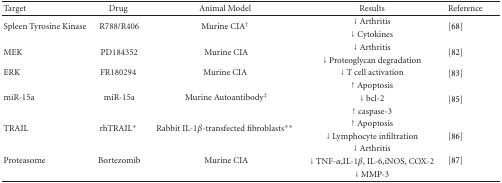
<table><thead><tr><td><b> Target</b></td><td><b> Drug</b></td><td><b>Animal Model</b></td><td><b> Results</b></td><td><b> Reference</b></td></tr></thead><tbody><tr><td rowspan="2">Spleen Tyrosine Kinase</td><td rowspan="2"> R788/R406</td><td rowspan="2">Murine CIA<sup>†</sup></td><td>↓ Arthritis</td><td rowspan="2">[68]</td></tr><tr><td>↓ Cytokines</td></tr><tr><td rowspan="2"> MEK</td><td rowspan="2"> PD184352</td><td rowspan="2"> Murine CIA</td><td>↓ Arthritis</td><td rowspan="2">[82]</td></tr><tr><td>↓ Proteoglycan degradation</td></tr><tr><td> ERK</td><td> FR180294</td><td> Murine CIA</td><td>↓ T cell activation</td><td> [83]</td></tr><tr><td rowspan="3"> miR-15a</td><td rowspan="3"> miR-15a</td><td rowspan="3"> Murine Autoantibody<sup>‡</sup></td><td> ↑ Apoptosis</td><td rowspan="3">[85]</td></tr><tr><td>↓ bcl-2</td></tr><tr><td> ↑ caspase-3</td></tr><tr><td rowspan="2"> TRAIL</td><td rowspan="2"> rhTRAIL*</td><td rowspan="2"> Rabbit IL-1<i>β</i>-transfected fibroblasts**</td><td> ↑ Apoptosis</td><td rowspan="2">[86]</td></tr><tr><td>↓ Lymphocyte infiltration</td></tr><tr><td rowspan="3"> Proteasome</td><td rowspan="3"> Bortezomib</td><td rowspan="3"> Murine CIA</td><td>↓ Arthritis</td><td rowspan="3">[87]</td></tr><tr><td>↓ TNF-<i>α</i>,IL-1<i>β</i>, IL-6,iNOS, COX-2</td></tr><tr><td>↓ MMP-3</td></tr></tbody></table>